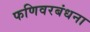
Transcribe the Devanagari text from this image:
फणिवरबंधना